Civil Veterinary Department Bihar & Orissa reports 1929-36 - 1929-1936
Year: 1929
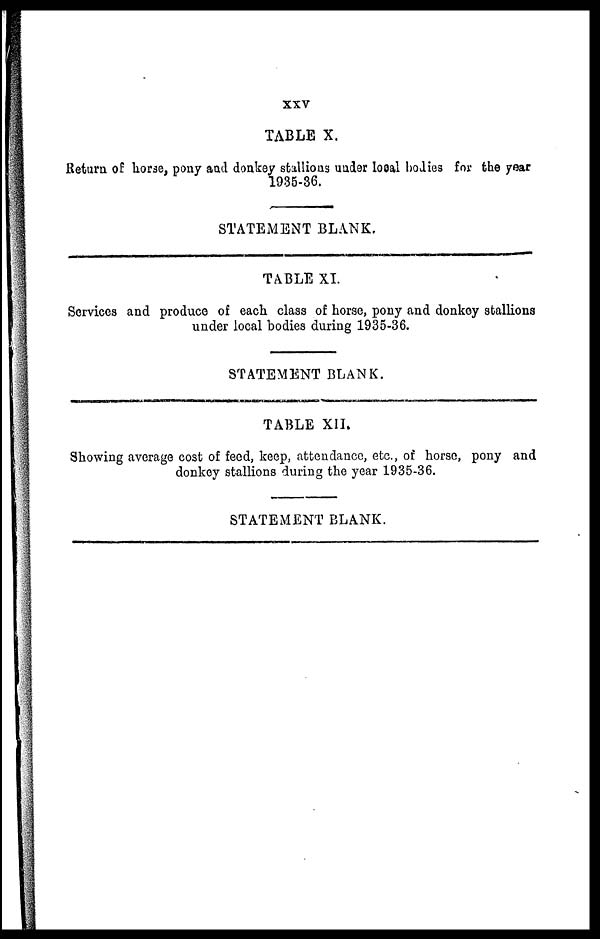
XXV
TABLE X.
Return of horse, pony and donkey stallions under local bodies for the year
1935-36.
STATEMENT BLANK.
TABLE XI.
Services and produce of each class of horse, pony and donkey stallions
under local bodies during 1935-36.
STATEMENT BLANK.
TABLE XII.
Showing average cost of feed, keep, attendance, etc., of horse, pony and
donkey stallions during the year 1935-36.
STATEMENT BLANK.